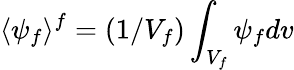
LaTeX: \langle\psi_{f}\rangle^{f}=(1/V_{f})\int_{V_{f}}\psi_{f}dv